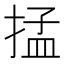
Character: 掹